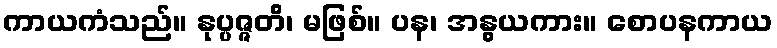
ကာယကံသည်။ နုပ္ပဇ္ဇတိ၊ မဖြစ်။ ပန၊ အနွယကား။ စောပနကာယ